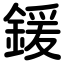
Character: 鍰